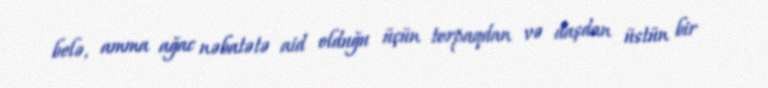
belə, amma ağac nəbatətə aid olduğu üçün torpaqdan və daşdan üstün bir